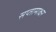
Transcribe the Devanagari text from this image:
सप्तामाक्षर